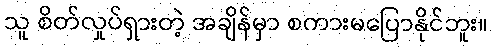
သူ စိတ်လှုပ်ရှားတဲ့ အချိန်မှာ စကားမပြောနိုင်ဘူး။